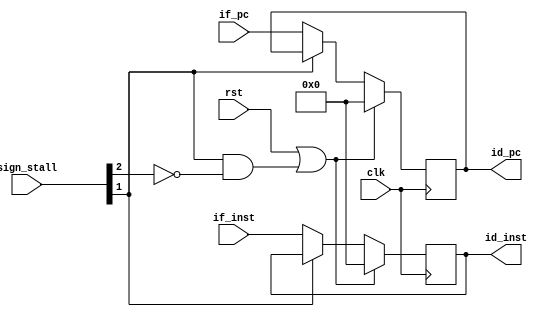
module if_id(clk, rst, sign_stall, if_pc, if_inst, id_pc, id_inst);
input wire clk, rst;
input wire[5:0] sign_stall;
input wire[31:0] if_pc, if_inst;
output reg[31:0] id_pc, id_inst;

	always @ (posedge clk)
	begin
		if (rst == 1'b1 || (sign_stall[1] == 1'b1 && sign_stall[2] == 1'b0))
		begin
			id_pc <= 32'h00000000;
			id_inst <= 32'h00000000;
		end
		else if(sign_stall[1] == 1'b0)
		begin
			id_pc <= if_pc;
			id_inst <= if_inst;
		end
	end

endmodule